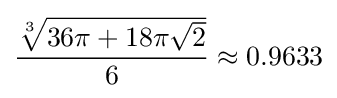
{\frac {\sqrt[{3}]{36\pi +18\pi {\sqrt {2}}}}{6}}\approx 0.9633